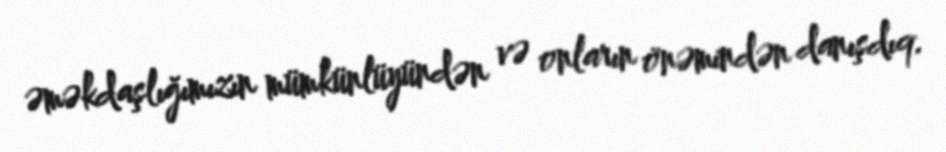
əməkdaşlığımızın mümkünlüyündən və onların önəmindən danışdıq.